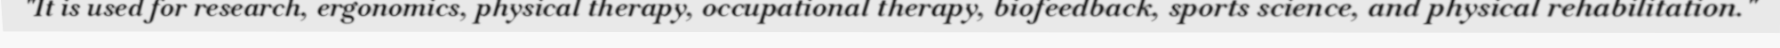
"It is used for research, ergonomics, physical therapy, occupational therapy, biofeedback, sports science, and physical rehabilitation."